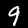
Label: 9